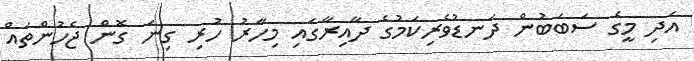
އަދި މީގެ ސަބަބުން ދަނޑުވެރިކަމުގެ ދާއިރާގައި މިހާރު ހުރި ގިނަ ގޮން ޖެހުންތައް